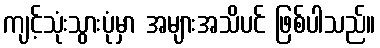
ကျင့်သုံးသွားပုံမှာ အများအသိပင် ဖြစ်ပါသည်။